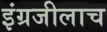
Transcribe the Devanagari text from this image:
इंग्रजीलाच